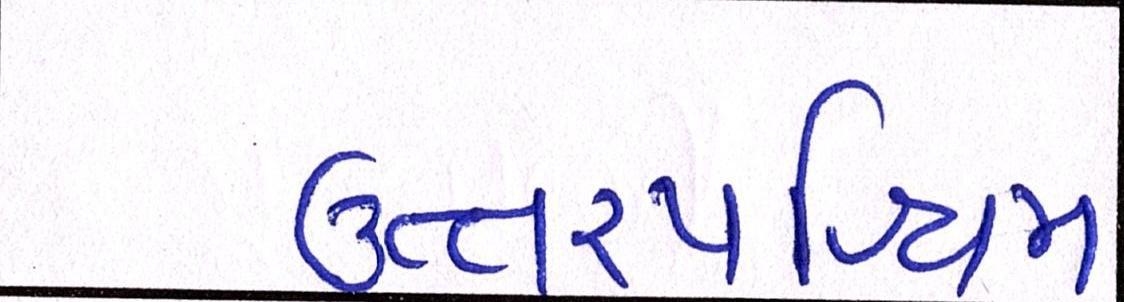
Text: ઉત્તરપશ્ચિમી